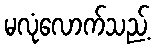
မလုံလောက်သည့်